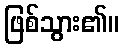
ဖြစ်သွား၏။